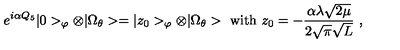
e ^ { i \alpha Q _ { 5 } } | 0 > _ { \varphi } \otimes | \Omega _ { \theta } > = | z _ { 0 } > _ { \varphi } \otimes | \Omega _ { \theta } > \ \mathrm { w i t h } \ z _ { 0 } = - \frac { \alpha \lambda \sqrt { 2 \mu } } { 2 \sqrt { \pi } \sqrt { L } } \ ,